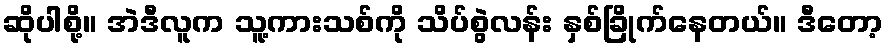
ဆိုပါစို့။ အဲဒီလူက သူ့ကားသစ်ကို သိပ်စွဲလန်း နှစ်ခြိုက်နေတယ်။ ဒီတော့